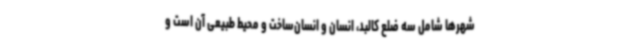
شهرها شامل سه ضلع کالبد، انسان و انسان‌ساخت و محیط طبیعی آن است و